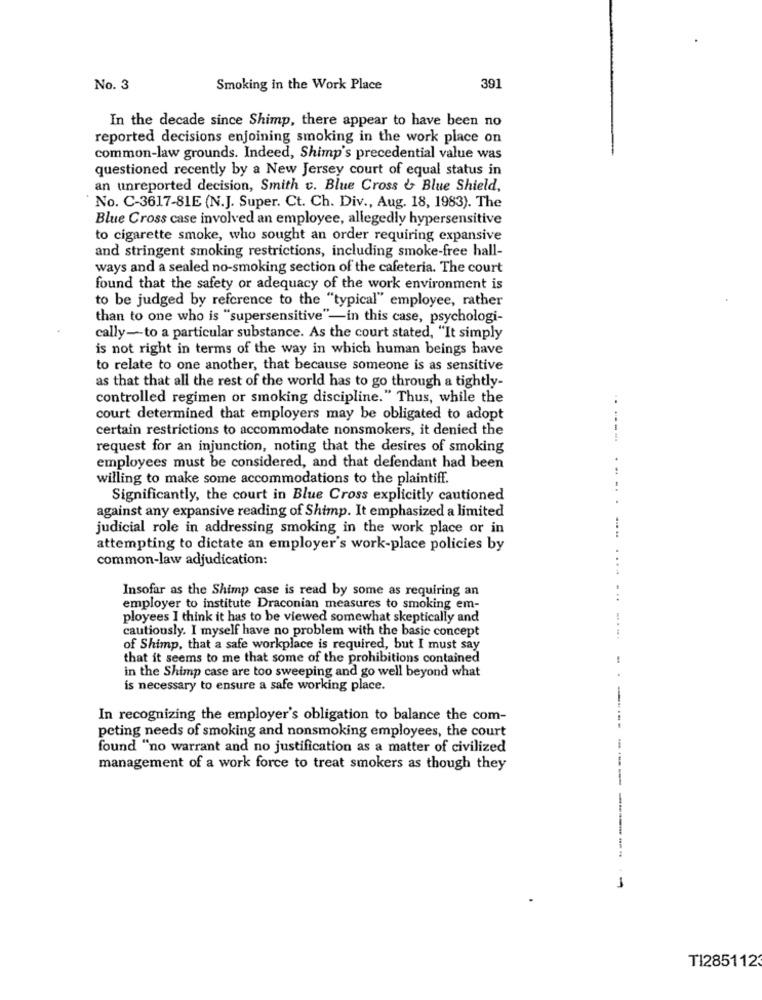
No. 3
Smoking in the Work Place
391
In the decade since Shimp, there appear to have been no
reported decisions enjoining smoking in the work place on
common-law grounds. Indeed, Shimp's precedential value was
questioned recently by a New Jersey court of equal status in
an unreported decision, Smith c. Blue Cross & Blue Shield,
No. C-3617-81E (N.J. Super. Ct. Ch. Div ., Aug. 18, 1983). The
Blue Cross case involved an employee, allegedly hypersensitive
to cigarette smoke, who sought an order requiring expansive
and stringent smoking restrictions, including smoke-free hall-
ways and a sealed no-smoking section of the cafeteria. The court
found that the safety or adequacy of the work environment is
to be judged by reference to the "typical" employee, rather
than to one who is "supersensitive"-in this case, psychologi-
cally-to a particular substance. As the court stated, "It simply
is not right in terms of the way in which human beings have
to relate to one another, that because someone is as sensitive
as that that all the rest of the world has to go through a tightly-
controlled regimen or smoking discipline." Thus, while the
..
court determined that employers may be obligated to adopt
certain restrictions to accommodate nonsmokers, it denied the
request for an injunction, noting that the desires of smoking
employees must be considered, and that defendant had been
willing to make some accommodations to the plaintiff.
Significantly, the court in Blue Cross explicitly cautioned
against any expansive reading of Shimp. It emphasized a limited
judicial role in addressing smoking in the work place or in
attempting to dictate an employer's work-place policies by
common-law adjudication:
Insofar as the Shimp case is read by some as requiring an
employer to institute Draconian measures to smoking em-
ployees I think it has to be viewed somewhat skeptically and
cautiously. I myself have no problem with the basic concept
of Shimp, that a safe workplace is required, but I must say
that it seems to me that some of the prohibitions contained
in the Shimp case are too sweeping and go well beyond what
is necessary to ensure a safe working place.
In recognizing the employer's obligation to balance the com-
peting needs of smoking and nonsmoking employees, the court
found "no warrant and no justification as a matter of civilized
management of a work force to treat smokers as though they
--------
-
TI285112